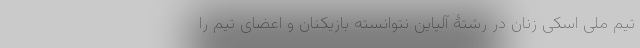
تیم ملی اسکی زنان در رشتۀ آلپاین نتوانسته بازیکنان و اعضای تیم را